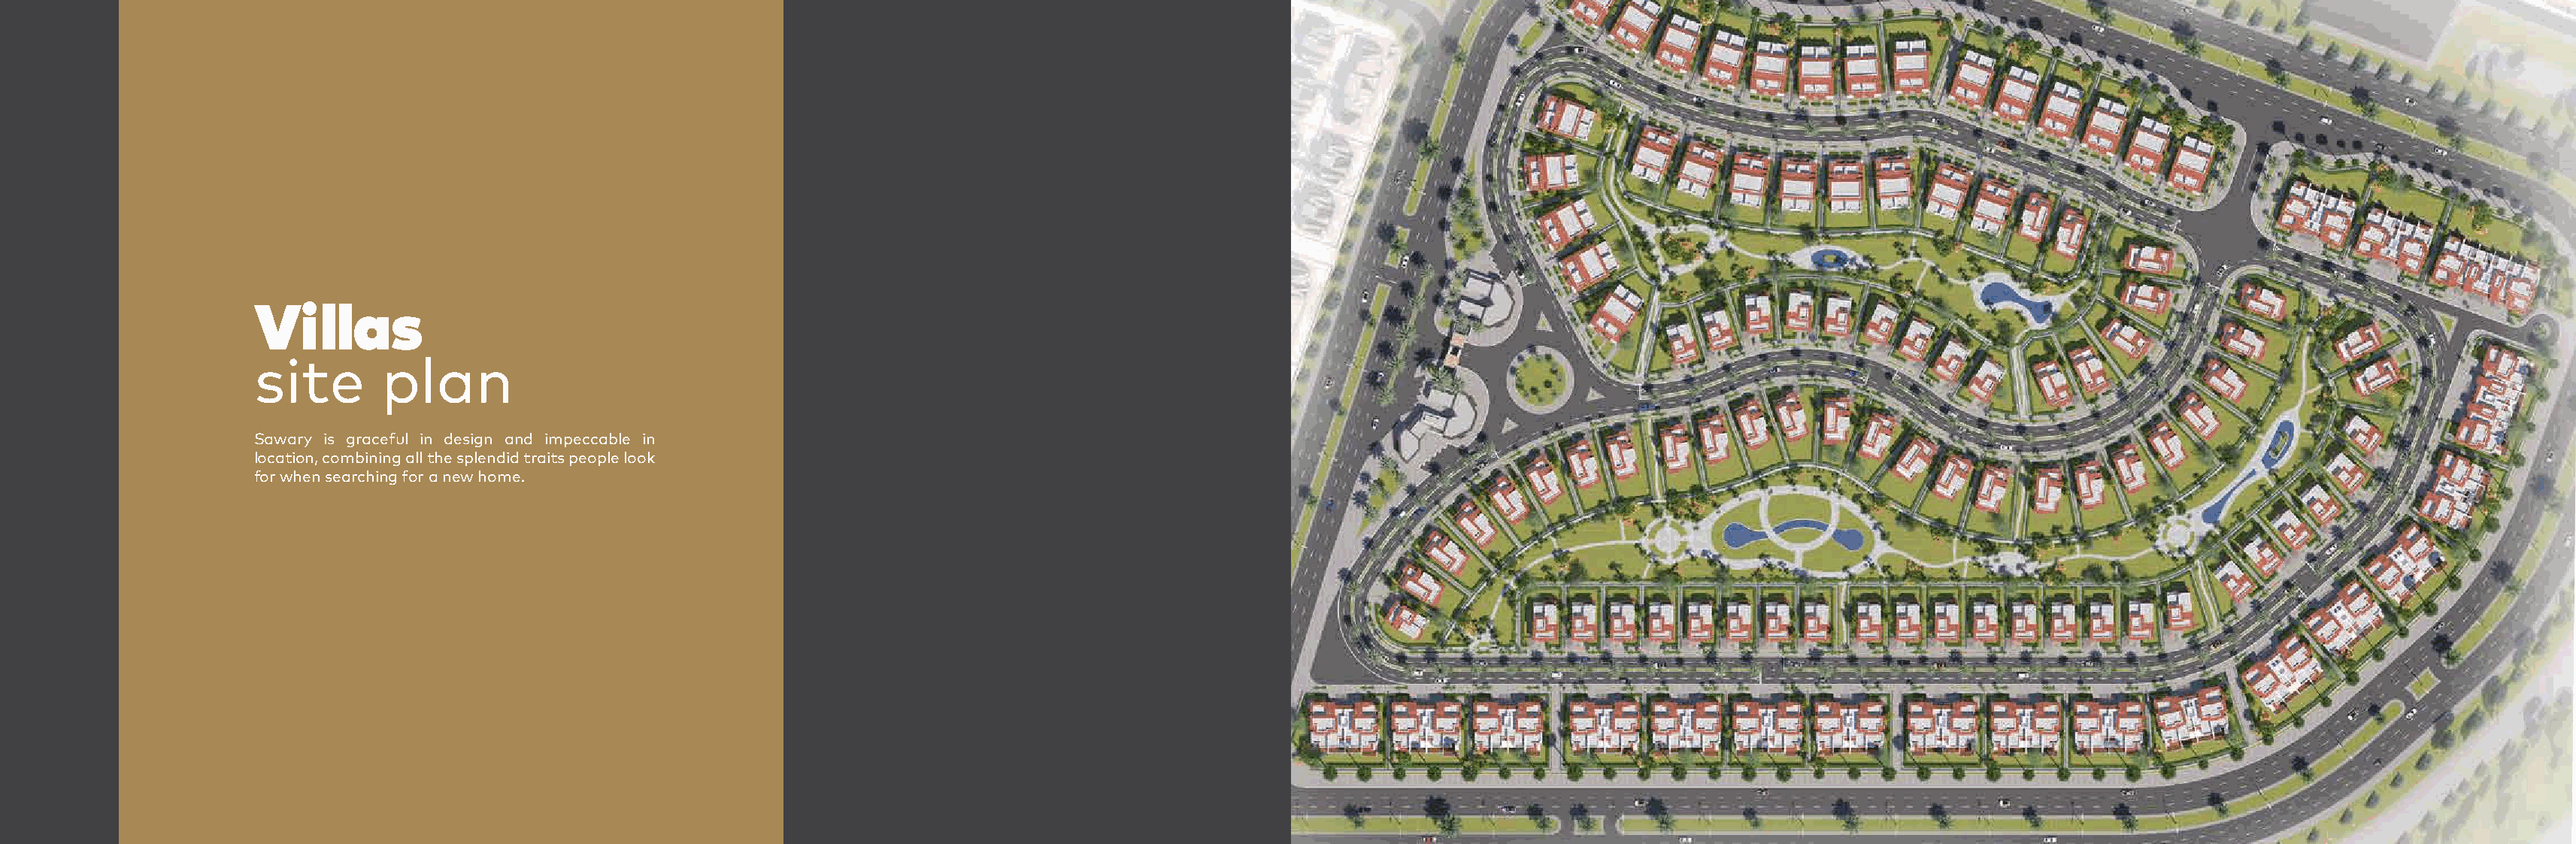
Villas
 site        plan
 Sawary is graceful in design and impeccable in
 location, combining all the splendid traits people look
 for when searching for a new home.